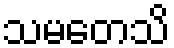
သမတေသိ